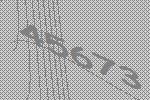
45673